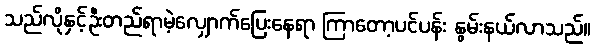
သည်လိုနှင့်ဦးတည်ရာမဲ့လျှောက်ပြေးနေရာ ကြာတော့ပင်ပန်း နွမ်းနယ်လာသည်။